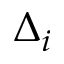
\Delta _ { i }